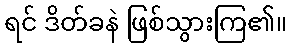
ရင် ဒိတ်ခနဲ ဖြစ်သွားကြ၏။